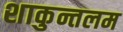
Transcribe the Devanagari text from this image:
शाकुन्तलम